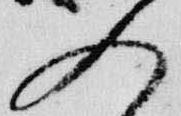
入